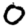
Digit: 0